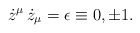
\begin{align*}\dot{z}^{\mu} \, \dot{z}_{\mu} = \epsilon \equiv 0, \pm 1 .\end{align*}